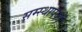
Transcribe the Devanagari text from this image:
सम्स्थापकों